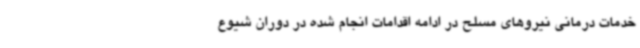
خدمات درمانی نیروهای مسلح در ادامه اقدامات انجام شده در دوران شیوع